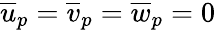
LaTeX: \overline{{u}}_{p}=\overline{{v}}_{p}=\overline{{w}}_{p}=0